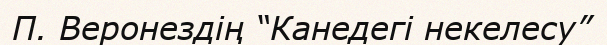
П. Веронездің “Канедегі некелесу”